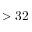
> 3 2